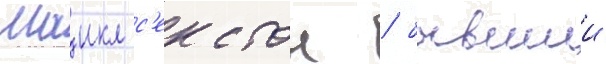
Маикл с'екстон / бывшии